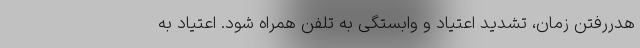
هدررفتن زمان، تشدید اعتیاد و وابستگی به تلفن همراه شود. اعتیاد به